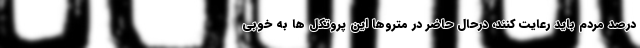
درصد مردم باید رعایت کنند، درحال حاضر در متروها این پروتکل ها به خوبی